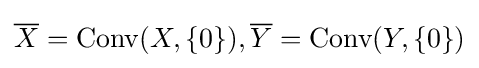
{\textstyle {\overline {X}}={\text{Conv}}(X,\{0\}),{\overline {Y}}={\text{Conv}}(Y,\{0\})}